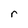
Character: r